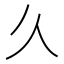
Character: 𫝄